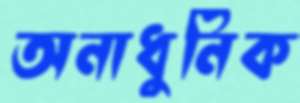
অনাধুনিক